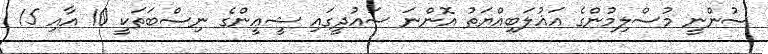
ސުންނީ މުސްލިމުންގެ އަޣުލަބިއްޔަތު އޮންނަ ސައުދީގައި ޝީޢީންގެ ނިސްބަތަކީ 10 އާއި 15